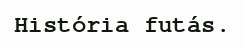
História futás.